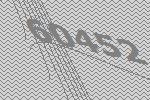
60452